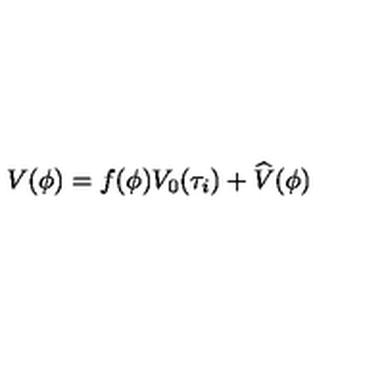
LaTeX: V ( \phi ) = f ( \phi ) V _ { 0 } ( \tau _ { i } ) + \widehat V ( \phi )